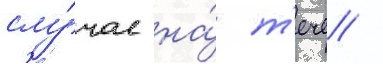
слу́чае на́ т'ече /